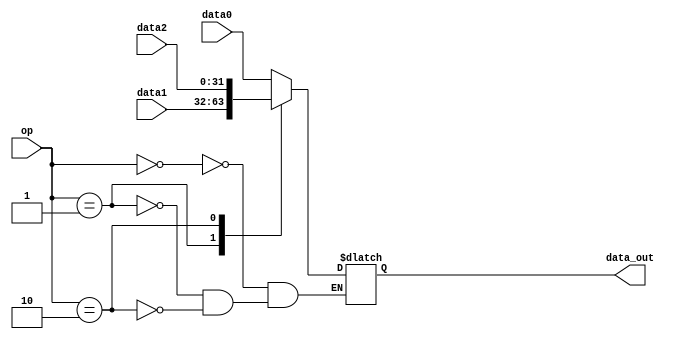
module mux3(data0, data1, data2, data_out, op);
     input [31:0] data0, data1, data2;
     input [1:0]op;
     output reg [31:0] data_out;
     always @(*)begin
        case(op)
            2'b00 : data_out = data0;
            2'b01 : data_out = data1;
            2'b10 : data_out = data2;
        endcase
     end
endmodule